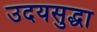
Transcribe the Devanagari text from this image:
उदयसुद्धा